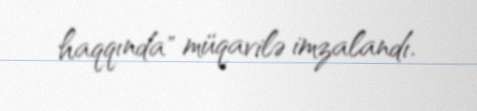
haqqında" müqavilə imzalandı.